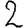
Digit: 2